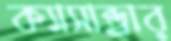
ক্যাসান্ড্রার